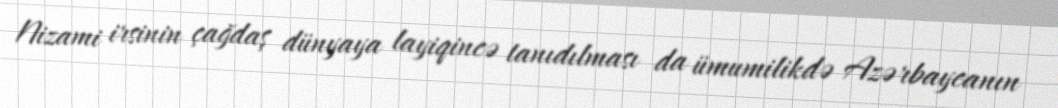
Nizami irsinin çağdaş dünyaya layiqincə tanıdılması da ümumilikdə Azərbaycanın